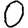
Digit: 0